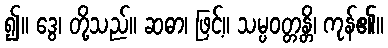
၍။ ဒွေ၊ တို့သည်။ ဆဓာ၊ ဖြင့်။ သမ္ပဝတ္တန္တိ၊ ကုန်၏။